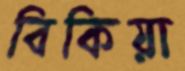
বিকিয়া